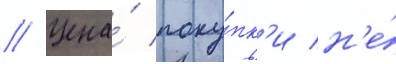
// Цена́ поку́пк'и н'е́